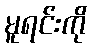
မူရင်းကို